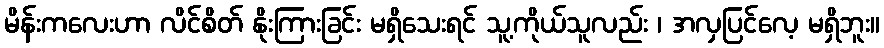
မိန်းကလေးဟာ လိင်စိတ် နိုးကြားခြင်း မရှိသေးရင် သူ့ကိုယ်သူလည်း ၊ အလှပြင်လေ့ မရှိဘူး။